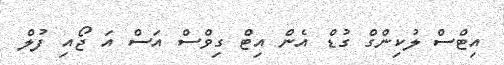
އިޓްސް ލުކިންގް ގުޑް އެން އިޓް ގިވްސް އަސް އަ ޖޯއި ފުލް